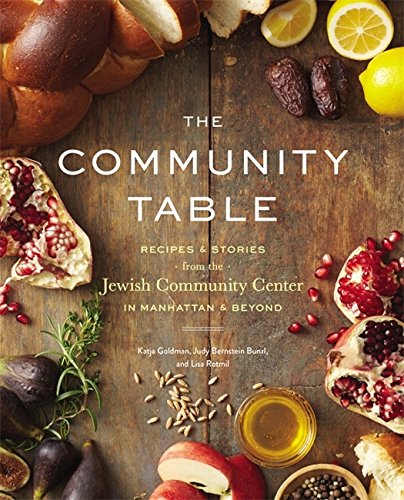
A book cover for The Community Table: Recipes & Stories from the Jewish Community Center in Manhattan & Beyond; JCC Manhattan; Cookbooks, Food & Wine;